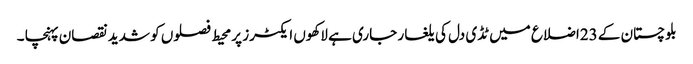
بلوچستان کے 23اضلاع میں ٹڈی دل کی یلغار جاری ہے لاکھوں ایکٹرز پر محیط فصلوں کو شدید نقصان پہنچا ۔